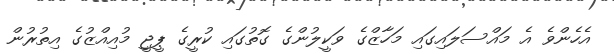
އެހެންވެ އެ މައްސަލައިގައި މަހާޒްގެ ވަކީލުންގެ ގޮތުގައި ކުރީގެ ޕީޖީ މުއިއްޒުގެ އިތުރުން